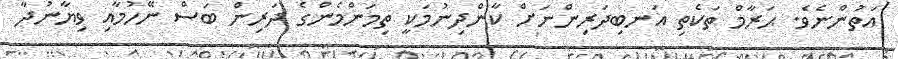
އަތުންނެވެ. ޙަރާމް ތަކެތި އަނބިދަރިންނަށް ކާންދިނުމަކީ ތިމަންމެންގެ ދަރިން ބަސް ނޭހުމާއި ވިޔާނުދާ